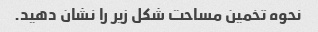
نحوه تخمین مساحت شکل زیر را نشان دهید.